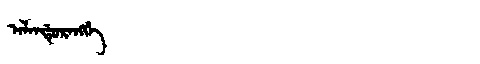
Manchu: ᠠᠯᠠᠨᡩᡠᡵᠠᠩᡤᡝ
Romanization: ALANDURANGGE